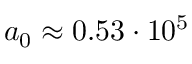
a _ { 0 } \approx 0 . 5 3 \cdot 1 0 ^ { 5 }